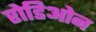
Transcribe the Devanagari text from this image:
रोडिओन